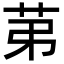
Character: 苐